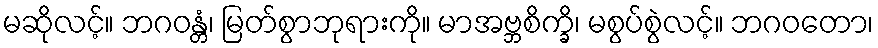
မဆိုလင့်။ ဘဂဝန္တံ၊ မြတ်စွာဘုရားကို။ မာအဗ္ဘစိက္ခိ၊ မစွပ်စွဲလင့်။ ဘဂဝတော၊